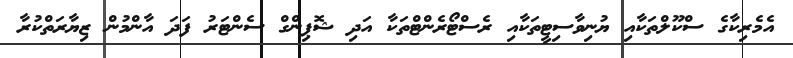
އެމެރިކާގެ ސްކޫލްތަކާއި ޔުނިވާސިޓީތަކާއި ރެސްޓޯރެންޓްތަކާ އަދި ޝޮޕިންގް ސެންޓަރު ފަދަ އާންމުން ޒިޔާރަތްކުރާ